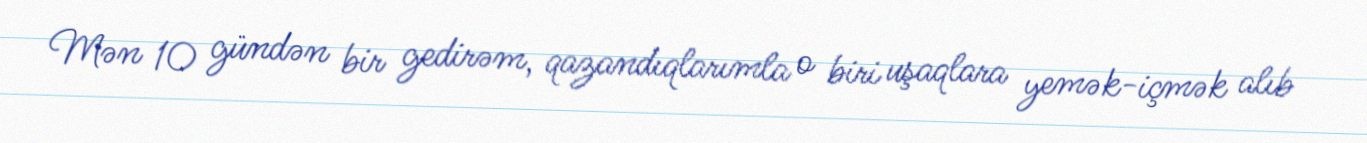
Mən 10 gündən bir gedirəm, qazandıqlarımla o biri uşaqlara yemək-içmək alıb